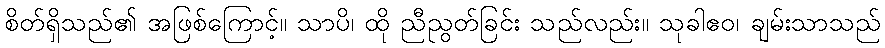
စိတ်ရှိသည်၏ အဖြစ်ကြောင့်။ သာပိ၊ ထို ညီညွတ်ခြင်း သည်လည်း။ သုခါဧဝ၊ ချမ်းသာသည်